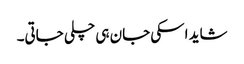
شاید اسکی جان ہی چلی جاتی۔